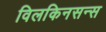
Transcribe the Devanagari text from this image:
विलकिनसन्स